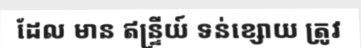
ដែល មាន ឥន្ទ្រីយ៍ ទន់ខ្សោយ ត្រូវ